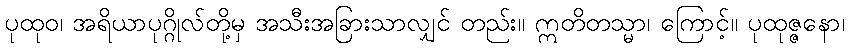
ပုထုဝ၊ အရိယာပုဂ္ဂိုလ်တို့မှ အသီးအခြားသာလျှင် တည်း။ ဣတိတသ္မာ၊ ကြောင့်။ ပုထုဇ္ဇနော၊